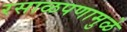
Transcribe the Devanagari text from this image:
रसाळपणामुळे